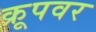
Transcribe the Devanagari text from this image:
क्रूपवर